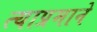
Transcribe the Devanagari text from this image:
त्याप्रमाने